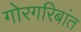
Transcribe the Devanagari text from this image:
गोरगरिबांत